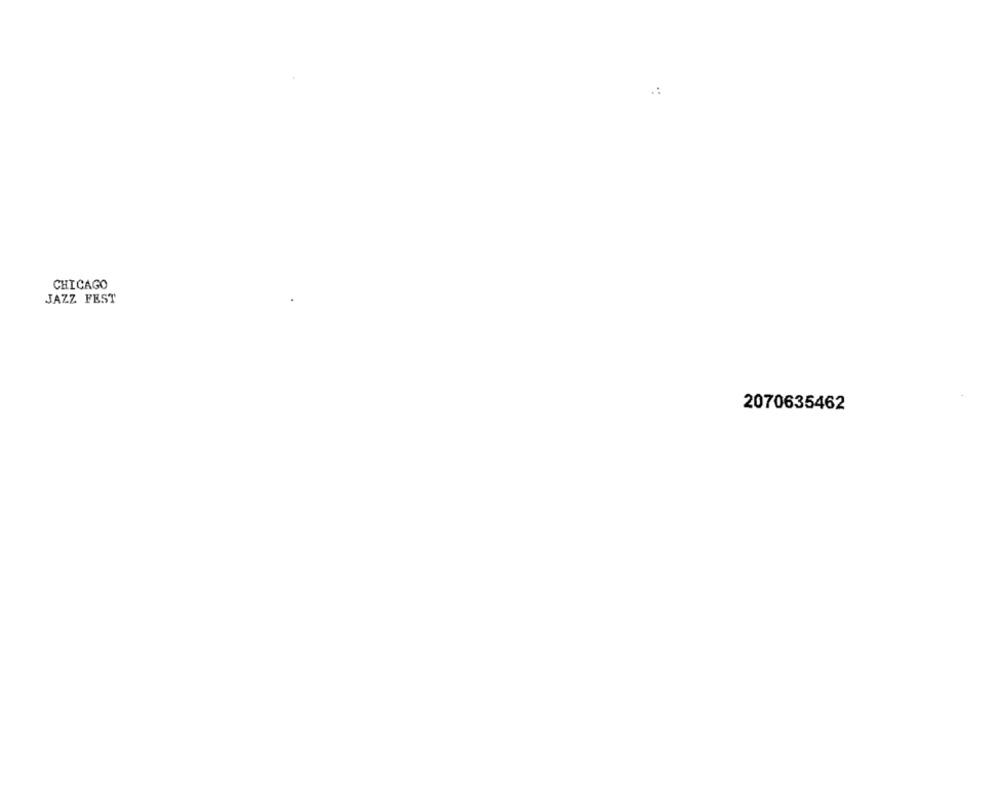
CHICAGO
JAZZ FEST
2070635462